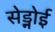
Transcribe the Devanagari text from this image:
सेड्नोई